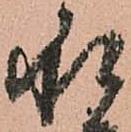
承